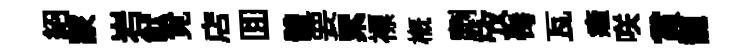
紹冡岩猷覓店囬體要累褾概劘攷髩瓦癥咲賞龍